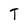
Character: T